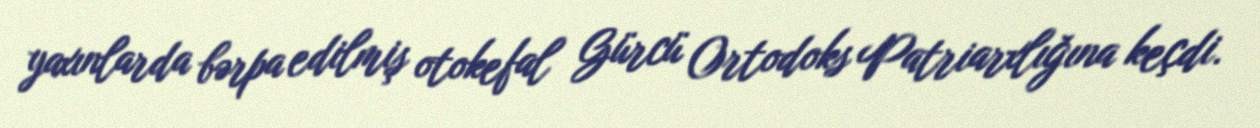
yaxınlarda bərpa edilmiş otokefal Gürcü Ortodoks Patriarxlığına keçdi.